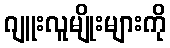
ဂျူးလူမျိုးများကို